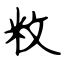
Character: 敉